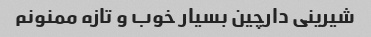
شیرینی دارچین بسیار خوب و تازه ممنونم